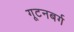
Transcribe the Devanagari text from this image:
गूटनबर्ग